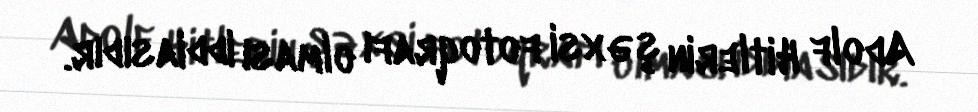
Adolf Hitlerin şəxsi fotoqrafı olması iddiasıdır.